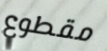
مقطوع